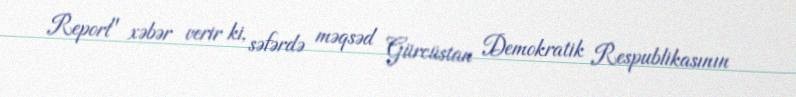
Report" xəbər verir ki, səfərdə məqsəd Gürcüstan Demokratik Respublikasının